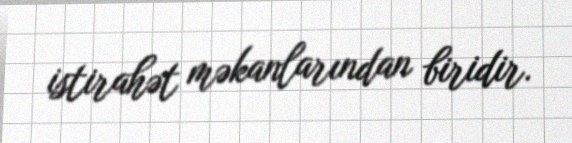
istirahət məkanlarından biridir.